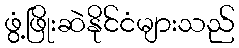
ဖွံ့ဖြိုးဆဲနိုင်ငံများသည်